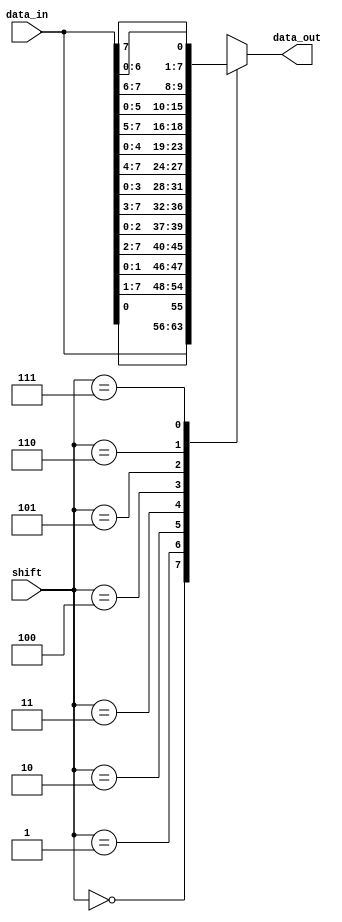
`timescale 1ns / 1ps
//Q3a - Barrel Shifter using case statement.
//Barrel shifter is a combinational circuit that performs ROR operation.
module barrelshifter(
    output reg [7:0] data_out, //Data Output (8bits)
    input [7:0] data_in,       //Data Input (8bits)
    input [2:0] shift          //Shift control
    );
    
    always @(*) //Combinational Circuit
    begin
        case(shift)//Using case statement to infer a MUX that selects the corresponding bits from input
        3'b000: data_out = data_in; 				//No rotate
        3'b001: data_out = {data_in[0],data_in[7:1]};		//Right Rotate by 1
        3'b010: data_out = {data_in[1:0],data_in[7:2]};		//Right Rotate by 2
        3'b011: data_out = {data_in[2:0],data_in[7:3]};		//Right Rotate by 3
        3'b100: data_out = {data_in[3:0],data_in[7:4]};		//Right Rotate by 4	
        3'b101: data_out = {data_in[4:0],data_in[7:5]};		//Right Rotate by 5
        3'b110: data_out = {data_in[5:0],data_in[7:6]};		//Right Rotate by 6		
        3'b111: data_out = {data_in[6:0],data_in[7]};		//Right Rotate by 7
        endcase
    end
endmodule